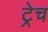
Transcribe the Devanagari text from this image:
ट्रेच